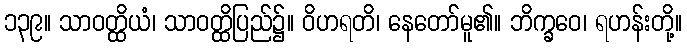
၁၃၉။ သာဝတ္ထိယံ၊ သာဝတ္ထိပြည်၌။ ဝိဟရတိ၊ နေတော်မူ၏။ ဘိက္ခဝေ၊ ရဟန်းတို့။